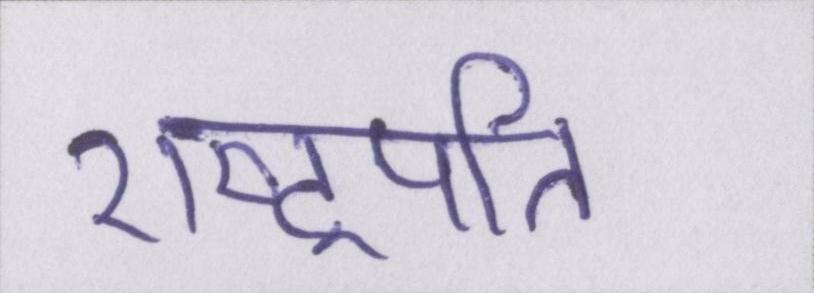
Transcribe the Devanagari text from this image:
राष्ट्रपति